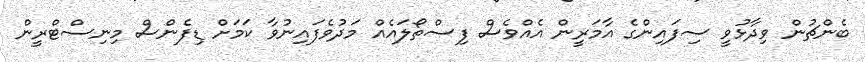
ބެންޗުން ވިދާޅުވީ ސިފައިންގެ އާމަރީން އެއްވެސް ފިސްތޯލައެއް މަދުވެފައިނުވާ ކަމަށް ޑިފެންސް މިނިސްޓްރީން